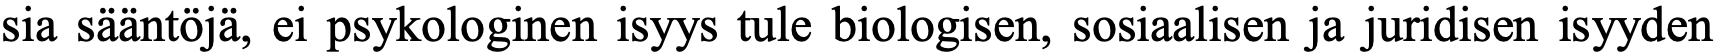
sia sääntöjä, ei psykologinen isyys tule biologisen, sosiaalisen ja juridisen isyyden